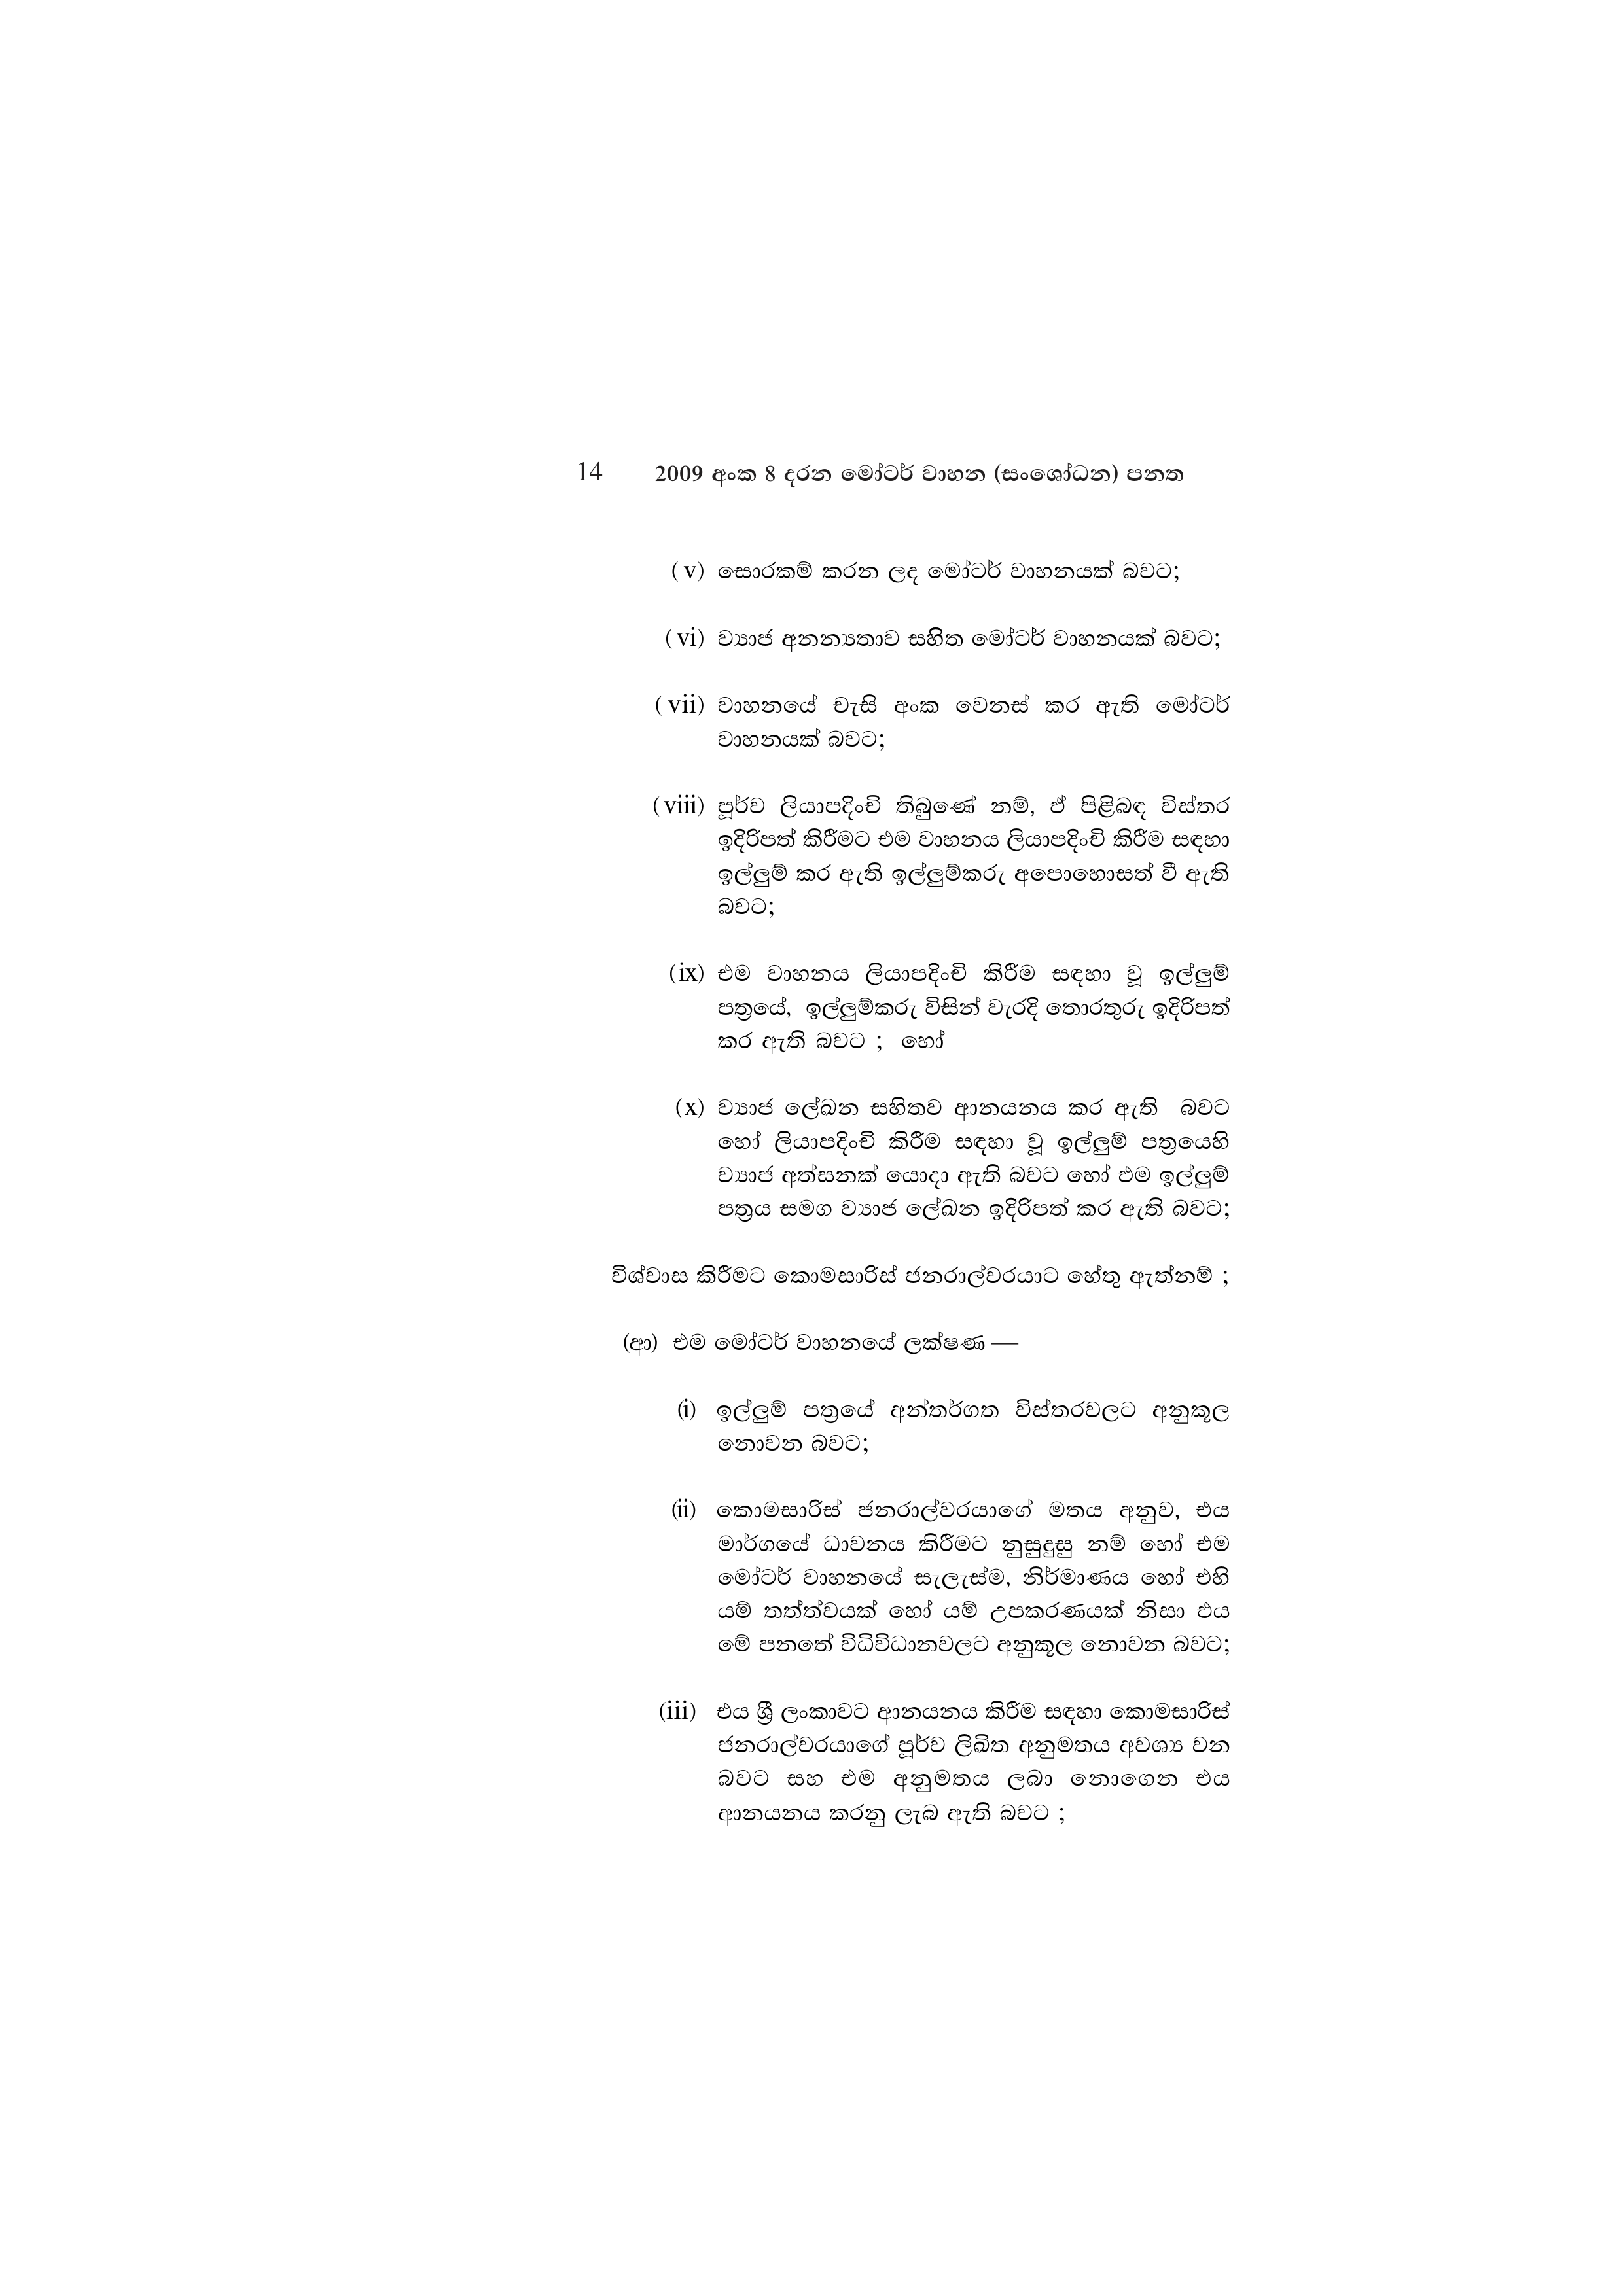
14 2009 අංක 8 දරන මෝටර් වාහන (සංශෝධන) පනත

(v) සොරකම් කරන ලද මෝටර් වාහනයක් බවට;

(vi) ව්‍යාජ අනන්‍යතාව සහිත මෝටර් වාහනයක් බවට;

(vii) වාහනයේ චැසි අංක වෙනස් කර ඇති මෝටර්
වාහනයක් බවට;

(viii) පූර්ව ලියාපදිංචි තිබුණේ නම්, ඒ පිළිබඳ විස්තර
ඉදිරිපත් කිරීමට එම වාහනය ලියාපදිංචි කිරීම සඳහා
ඉල්ලුම් කර ඇති ඉල්ලුම්කරු අපොහොසත් වී ඇති
බවට;

(ix) එම වාහනය ලියාපදිංචි කිරීම සඳහා වූ ඉල්ලුම්
පත්‍රයේ, ඉල්ලුම්කරු විසින් වැරදි තොරතුරු ඉදිරිපත්
කර ඇති බවට ; හෝ

(x) ව්‍යාජ ලේඛන සහිතව ආනයනය කර ඇති බවට
හෝ ලියාපදිංචි කිරීම සඳහා වූ ඉල්ලුම් පත්‍රයෙහි
ව්‍යාජ අත්සනක් යොදා ඇති බවට හෝ එම ඉල්ලුම්
පත්‍රය සමග ව්‍යාජ ලේඛන ඉදිරිපත් කර ඇති බවට;

විශ්වාස කිරීමට කොමසාරිස් ජනරාල්වරයාට හේතු ඇත්නම් ;

(ආ) එම මෝටර් වාහනයේ ලක්ෂණ—

(i) ඉල්ලුම් පත්‍රයේ අන්තර්ගත විස්තරවලට අනුකූල
නොවන බවට;

(ii) කොමසාරිස් ජනරාල්වරයාගේ මතය අනුව, එය
මාර්ගයේ ධාවනය කිරීමට නුසුදුසු නම් හෝ එම
මෝටර් වාහනයේ සැලැස්ම, නිර්මාණය හෝ එහි
යම් තත්ත්වයක් හෝ යම් උපකරණයක් නිසා එය
මේ පනතේ විධිවිධානවලට අනුකූල නොවන බවට;

(iii) එය ශ්‍රී ලංකාවට ආනයනය කිරීම සඳහා කොමසාරිස්
ජනරාල්වරයාගේ පූර්ව ලිඛිත අනුමතය අවශ්‍ය වන
බවට සහ එම අනුමතය ලබා නොගෙන එය
ආනයනය කරනු ලැබ ඇති බවට ;